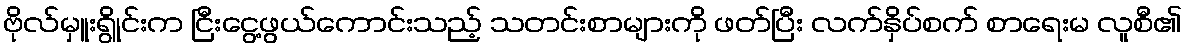
ဗိုလ်မှူးရွိုင်းက ငြီးငွေ့ဖွယ်ကောင်းသည့် သတင်းစာများကို ဖတ်ပြီး လက်နှိပ်စက် စာရေးမ လူစီ၏